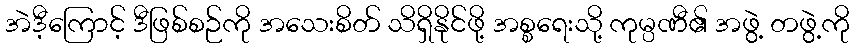
အဲဒီ့ကြောင့် ဒီဖြစ်စဉ်ကို အသေးစိတ် သိရှိနိုင်ဖို့ အစ္စရေးသို့ ကုမ္ပဏီ၏ အဖွဲ့ တဖွဲ့ကို